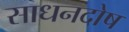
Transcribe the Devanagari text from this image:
साधनदोष